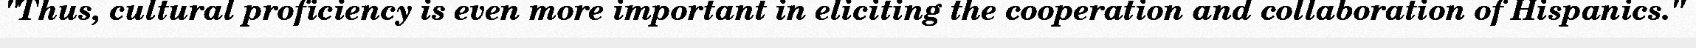
"Thus, cultural proficiency is even more important in eliciting the cooperation and collaboration of Hispanics."